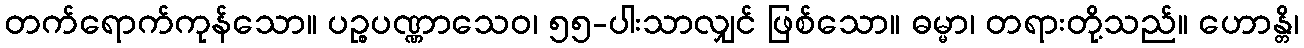
တက်ရောက်ကုန်သော။ ပဉ္စပဏ္ဏာသေဝ၊ ၅၅-ပါးသာလျှင် ဖြစ်သော။ ဓမ္မာ၊ တရားတို့သည်။ ဟောန္တိ၊